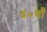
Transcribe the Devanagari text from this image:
६०वाँ